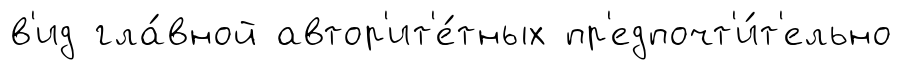
в'ид гла́вной автор'ит'е́тных пр'едпочт'и́т'ельно